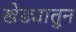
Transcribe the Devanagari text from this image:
खेड्यातुन